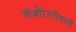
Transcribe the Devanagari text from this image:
लॅबोरेटरीसाठी